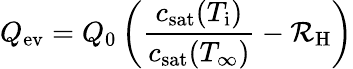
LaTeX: Q_{\mathrm{ev}}=Q_{0}\left(\frac{c_{\mathrm{sat}}(T_{\mathrm{i}})}{c_{\mathrm{sat}}(T_{\infty})}-\mathcal{R}_{\mathrm{H}}\right)